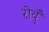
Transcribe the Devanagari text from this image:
रोवुँ